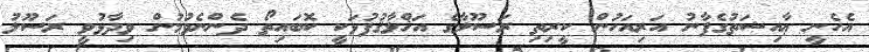
އެހެނީ ޢާއިޝަތުގެފާނު އަރިއަހުން ކީރިތި ރަސޫލާގެ އަޚްލާޤުފުޅަކީ ކޮބައިތޯ ދެންނެވުމުން ވިދާޅުވީ ރަސޫލު